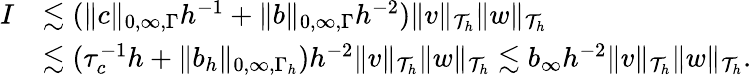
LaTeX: \begin{array}{rl}{I}&{\lesssim(\| c\| _{0,\infty,\Gamma}h^{-1}+\| b\| _{0,\infty,\Gamma}h^{-2})\| v\| _{\mathcal{T}_{h}}\| w\| _{\mathcal{T}_{h}}}\\ &{\lesssim(\tau_{c}^{-1}h+\| b_{h}\| _{0,\infty,\Gamma_{h}})h^{-2}\| v\| _{\mathcal{T}_{h}}\| w\| _{\mathcal{T}_{h}}\lesssim b_{\infty}h^{-2}\| v\| _{\mathcal{T}_{h}}\| w\| _{\mathcal{T}_{h}}.}\end{array}